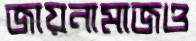
জায়নামাজও